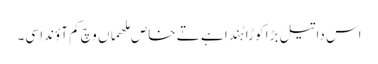
اس دا تیل بڑا کوڑا ہُندا ہے تے خاص ملھماں وچ کم آؤندا سی۔